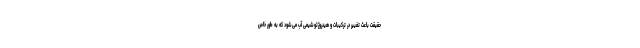
حقیقت باعث تغییر در ترکیبات و هیدروژئوشیمی آب می‌شود که به طور خاص